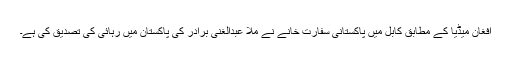
افغان میڈیا کے مطابق کابل میں پاکستانی سفارت خانے نے ملا عبدالغنی برادر کی پاکستان میں رہائی کی تصدیق کی ہے۔